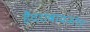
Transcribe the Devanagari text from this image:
हैदराबादनंतर